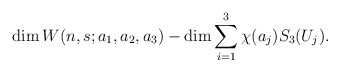
\begin{align*} \dim W(n, s; a_1, a_2, a_3) - \dim \sum_{i=1}^3 \chi(a_j) S_3(U_j).\end{align*}